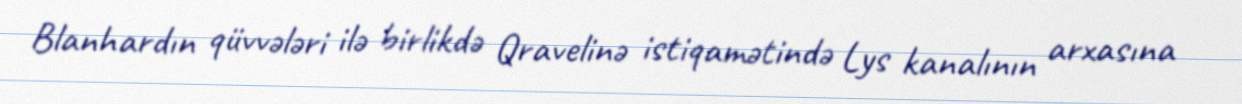
Blanhardın qüvvələri ilə birlikdə Qravelinə istiqamətində Lys kanalının arxasına